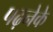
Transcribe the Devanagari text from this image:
पढ़नेके